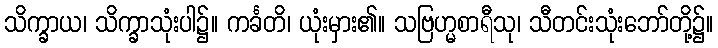
သိက္ခာယ၊ သိက္ခာသုံးပါ၌။ ကင်္ခတိ၊ ယုံးမှား၏။ သဗြဟ္မစာရီသု၊ သီတင်းသုံးဘော်တို့၌။